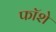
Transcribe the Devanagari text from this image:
फॉशे